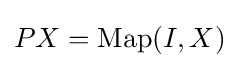
PX=\operatorname {Map} (I,X)